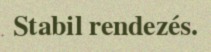
Stabil rendezés.